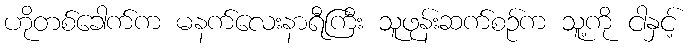
ဟိုတစ်ခေါက်က မနက်လေးနာရီကြီး သူဖုန်းဆက်စဉ်က သူ့ကို ငါနှင့်